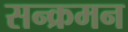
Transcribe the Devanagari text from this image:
सन्क्रमन